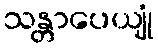
သန္တာပေယျုံ